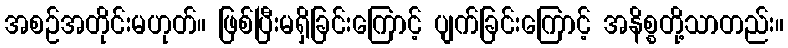
အစဉ်အတိုင်းမဟုတ်။ ဖြစ်ပြီးမရှိခြင်းကြောင့် ပျက်ခြင်းကြောင့် အနိစ္စတို့သာတည်း။